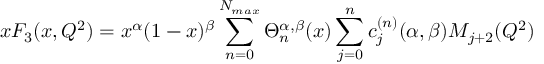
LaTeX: x F _ { 3 } ( x , Q ^ { 2 } ) = x ^ { \alpha } ( 1 - x ) ^ { \beta } \sum _ { n = 0 } ^ { N _ { m a x } } \Theta _ { n } ^ { \alpha , \beta } ( x ) \sum _ { j = 0 } ^ { n } c _ { j } ^ { ( n ) } ( \alpha , \beta ) M _ { j + 2 } ( Q ^ { 2 } )